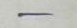
-